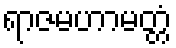
ရာဇမဟာမတ္တံ